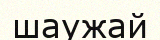
шаужай